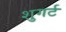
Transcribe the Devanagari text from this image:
शुगर्ट